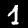
Label: 1